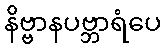
နိဗ္ဗာနပဗ္ဘာရံပေ